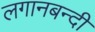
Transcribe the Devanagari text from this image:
लगानबन्दी